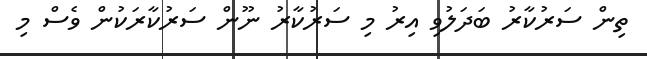
ތިން ސަރުކާރު ބަދަލުވި އިރު މި ސަރުކާރު ނޫން ސަރުކާރަކުން ވެސް މި